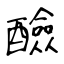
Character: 醶